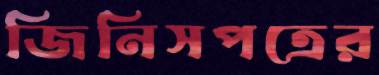
জিনিসপত্রের